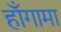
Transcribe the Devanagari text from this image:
हाँगामा